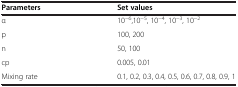
| Parameters | Set values |
 | --- | --- |
 | α | 10−6,10−5, 10−4, 10−3, 10−2 |
 | p | 100, 200 |
 | n | 50, 100 |
 | cp | 0.005, 0.01 |
 | Mixing rate | 0.1, 0.2, 0.3, 0.4, 0.5, 0.6, 0.7, 0.8, 0.9, 1 |